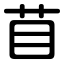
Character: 苜